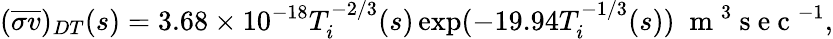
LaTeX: (\overline{{\sigma v}})_{DT}(s)=3.68\times 10^{-18}T_{i}^{-2/3}(s)\exp(-19.94T_{i}^{-1/3}(s))\; \mathrm{~m~}^{3}\mathrm{~s~e~c~}^{-1},